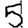
Digit: 5